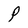
Character: P